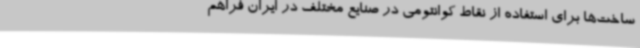
ساخت‌ها برای استفاده از نقاط کوانتومی در صنایع مختلف در ایران فراهم